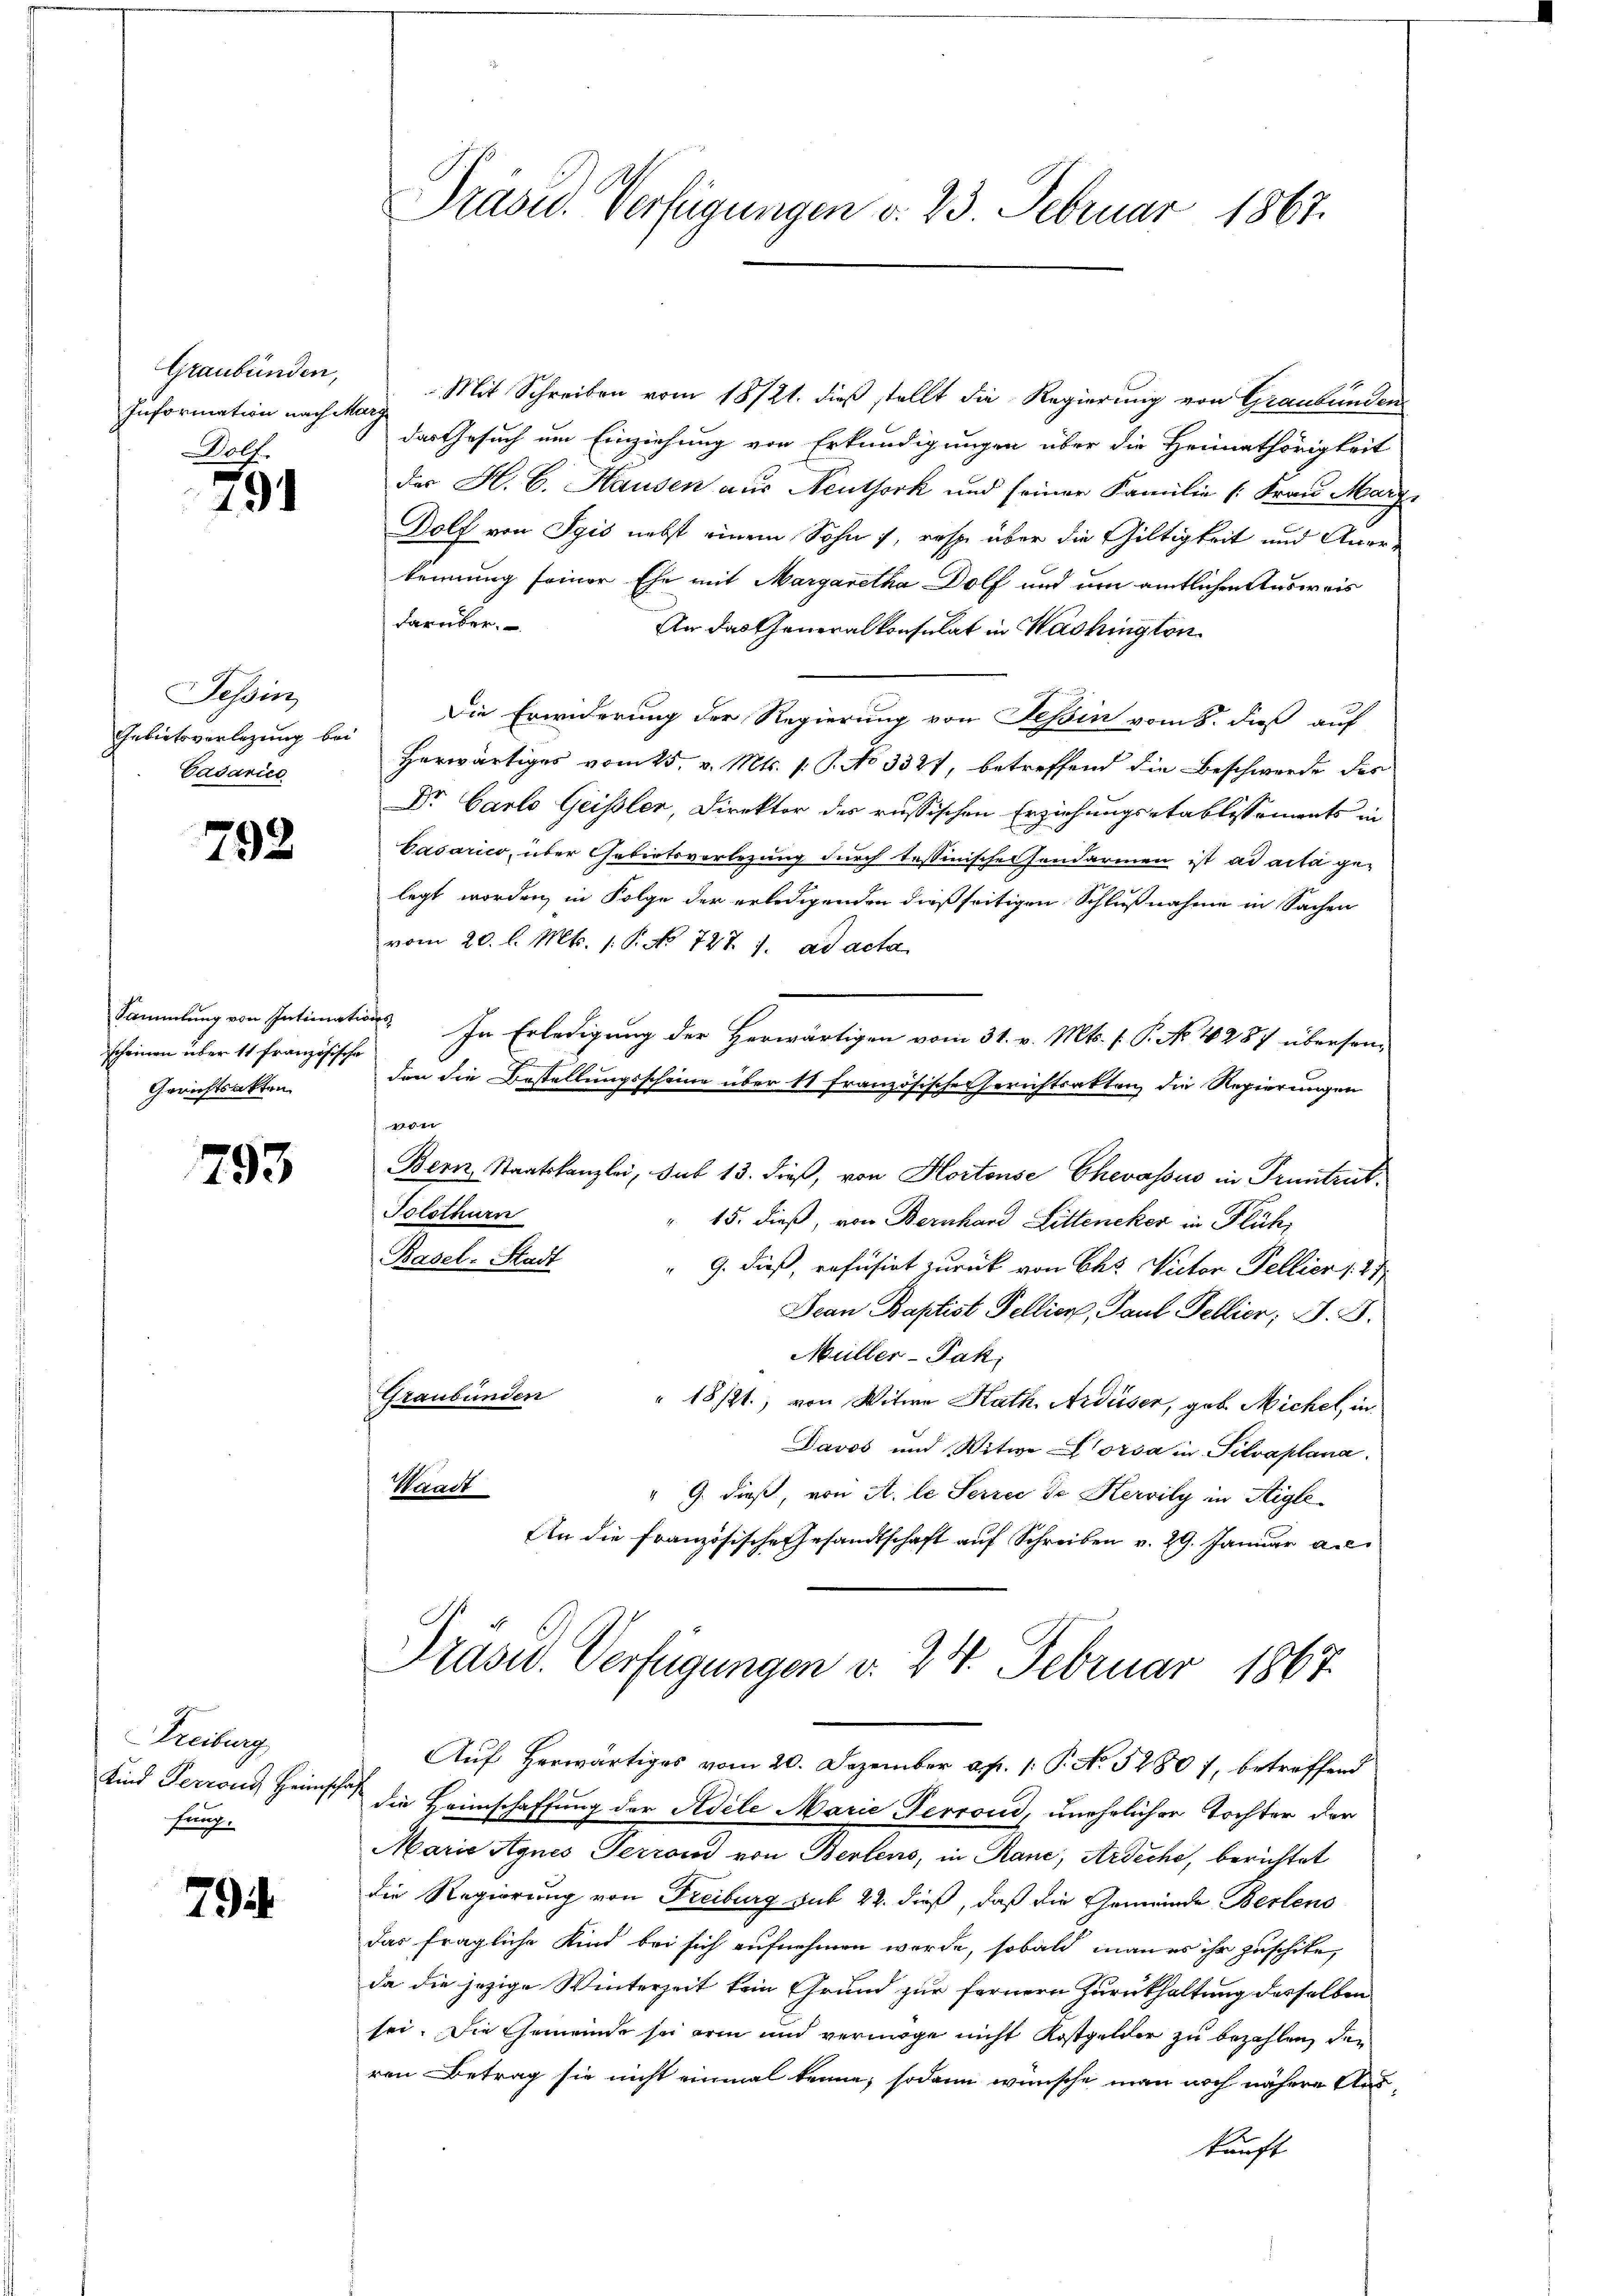
Graubünden,
Information nach Marg
Dolf.

19.

Tessin
Gebietsverlegung bei
Cadarice

792

Gerichtsakten

793

Freiburg
Kind Perrons Heimscha
fung.

79.

Mit Schreiben vom 18/21. dieß stellt die Regierung von Graubünden
das Gesuch um Einziehung von Erkundigungen über die Heimathörigkeit
des H. E. Hausen aus Neuthork und seiner Familie (Frau Marz
Dolf von Syis nebst einem Sohn 7, resp. über die Gültigkeit und Anerkennung seiner Ehe mit Margaretha Dolf und um amtlichen Ausweis
darüber.
An das Generalkonsulat in Washington
Die Erwiderung der Regierung von Tessin vom 8. dieß auf
Herwärtiges vom 25. v. Mts. v. J. No 3321, betreffend die Beschwerde des
Dr Carlo Geissler, Direktor des russischen Erziehungsetablissements in
Casarico, über Gebietsverlegung durch Tessinische sondarmen ist ad acta ge-
legt worden, in Folge der erledigenden dießseitigen Schlußnahme in Sachen
vom 20. l. Mts. 1. P. No 727. 1. ad acta
Sammlung von Intimations In Erledigung der Herwärtigen vom 31. v. Mts. f. P. No. 4287 übersen-
scheinen über 11 Französische den die Bestellungsscheine über 11 französische Gerichtsakten die Regierungen
1
Bern, Staatskanzlei, sub 13. dieß, von Hortense Chevassus in Pruntrut¬
Solothurn
15. dieß, von Bernhard Litteneker in Flüh,
Basel-Stadt
" 9. dieß, refüsirt zurück von Chs Victor Pellier 1. 27
Jean Baptist Fellier, Paul Fellier; d. 5.
Müller-Pak,
Graubünden
" 18/21., von Witwe Kath. Ardüser, geb. Michel, in
Davos und Witwe Vorsa in Silvaplana.
Waadt
" G. dieß, von A. le Serzec de Kervily in Stigle
An die Französische Gesandtschaft auf Schreiben v. 29. Januar ac
Präsid. Verfügungen d. 24. Februar 1867.
Aŭf herwärtiges vom 20. Dezember a. p. 1. P. No. 5280 7, betreffend
die Heimschaffung der Adele Marie Perrond, unehelicher Tochter der
Marie Agnes Terrond von Berlens, in Rane, Ardiche, berichtet
die Regierung von Freiburg sub 22. dieß, daß die Gemeinde Bertens
das fragliche Kind bei sich aufnehmen werde, sobald man es ihr zuschike,
da die jezige Winterzeit kein Grund zur fernern Zurückhaltung desselben
sei. Die Gemeinde sei arm und vermöge nicht Kostgelder zu bezahlen, den
ren Betrag sie nicht einmal kenne; sodann wünsche man noch nähere Auskunft

Präsid. Verfügungen v. 23. Februar 1867.